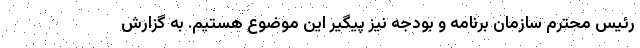
رئیس محترم سازمان برنامه و بودجه نیز پیگیر این موضوع هستیم. به گزارش